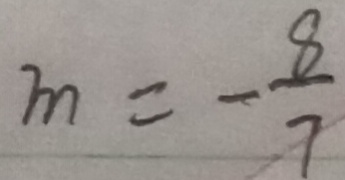
m = - \frac { 8 } { 7 }